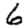
Digit: 6